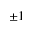
\pm 1